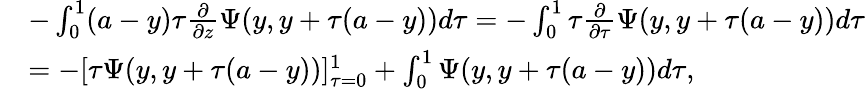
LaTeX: \begin{array}{rl}&{-\int_{0}^{1}(a-y)\tau\frac{\partial}{\partial z}\Psi(y,y+\tau(a-y))d\tau=-\int_{0}^{1}\tau\frac{\partial}{\partial\tau}\Psi(y,y+\tau(a-y))d\tau}\\ &{=-[\tau\Psi(y,y+\tau(a-y))]_{\tau=0}^{1}+\int_{0}^{1}\Psi(y,y+\tau(a-y))d\tau,}\end{array}